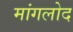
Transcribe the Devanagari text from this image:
मांगलोद